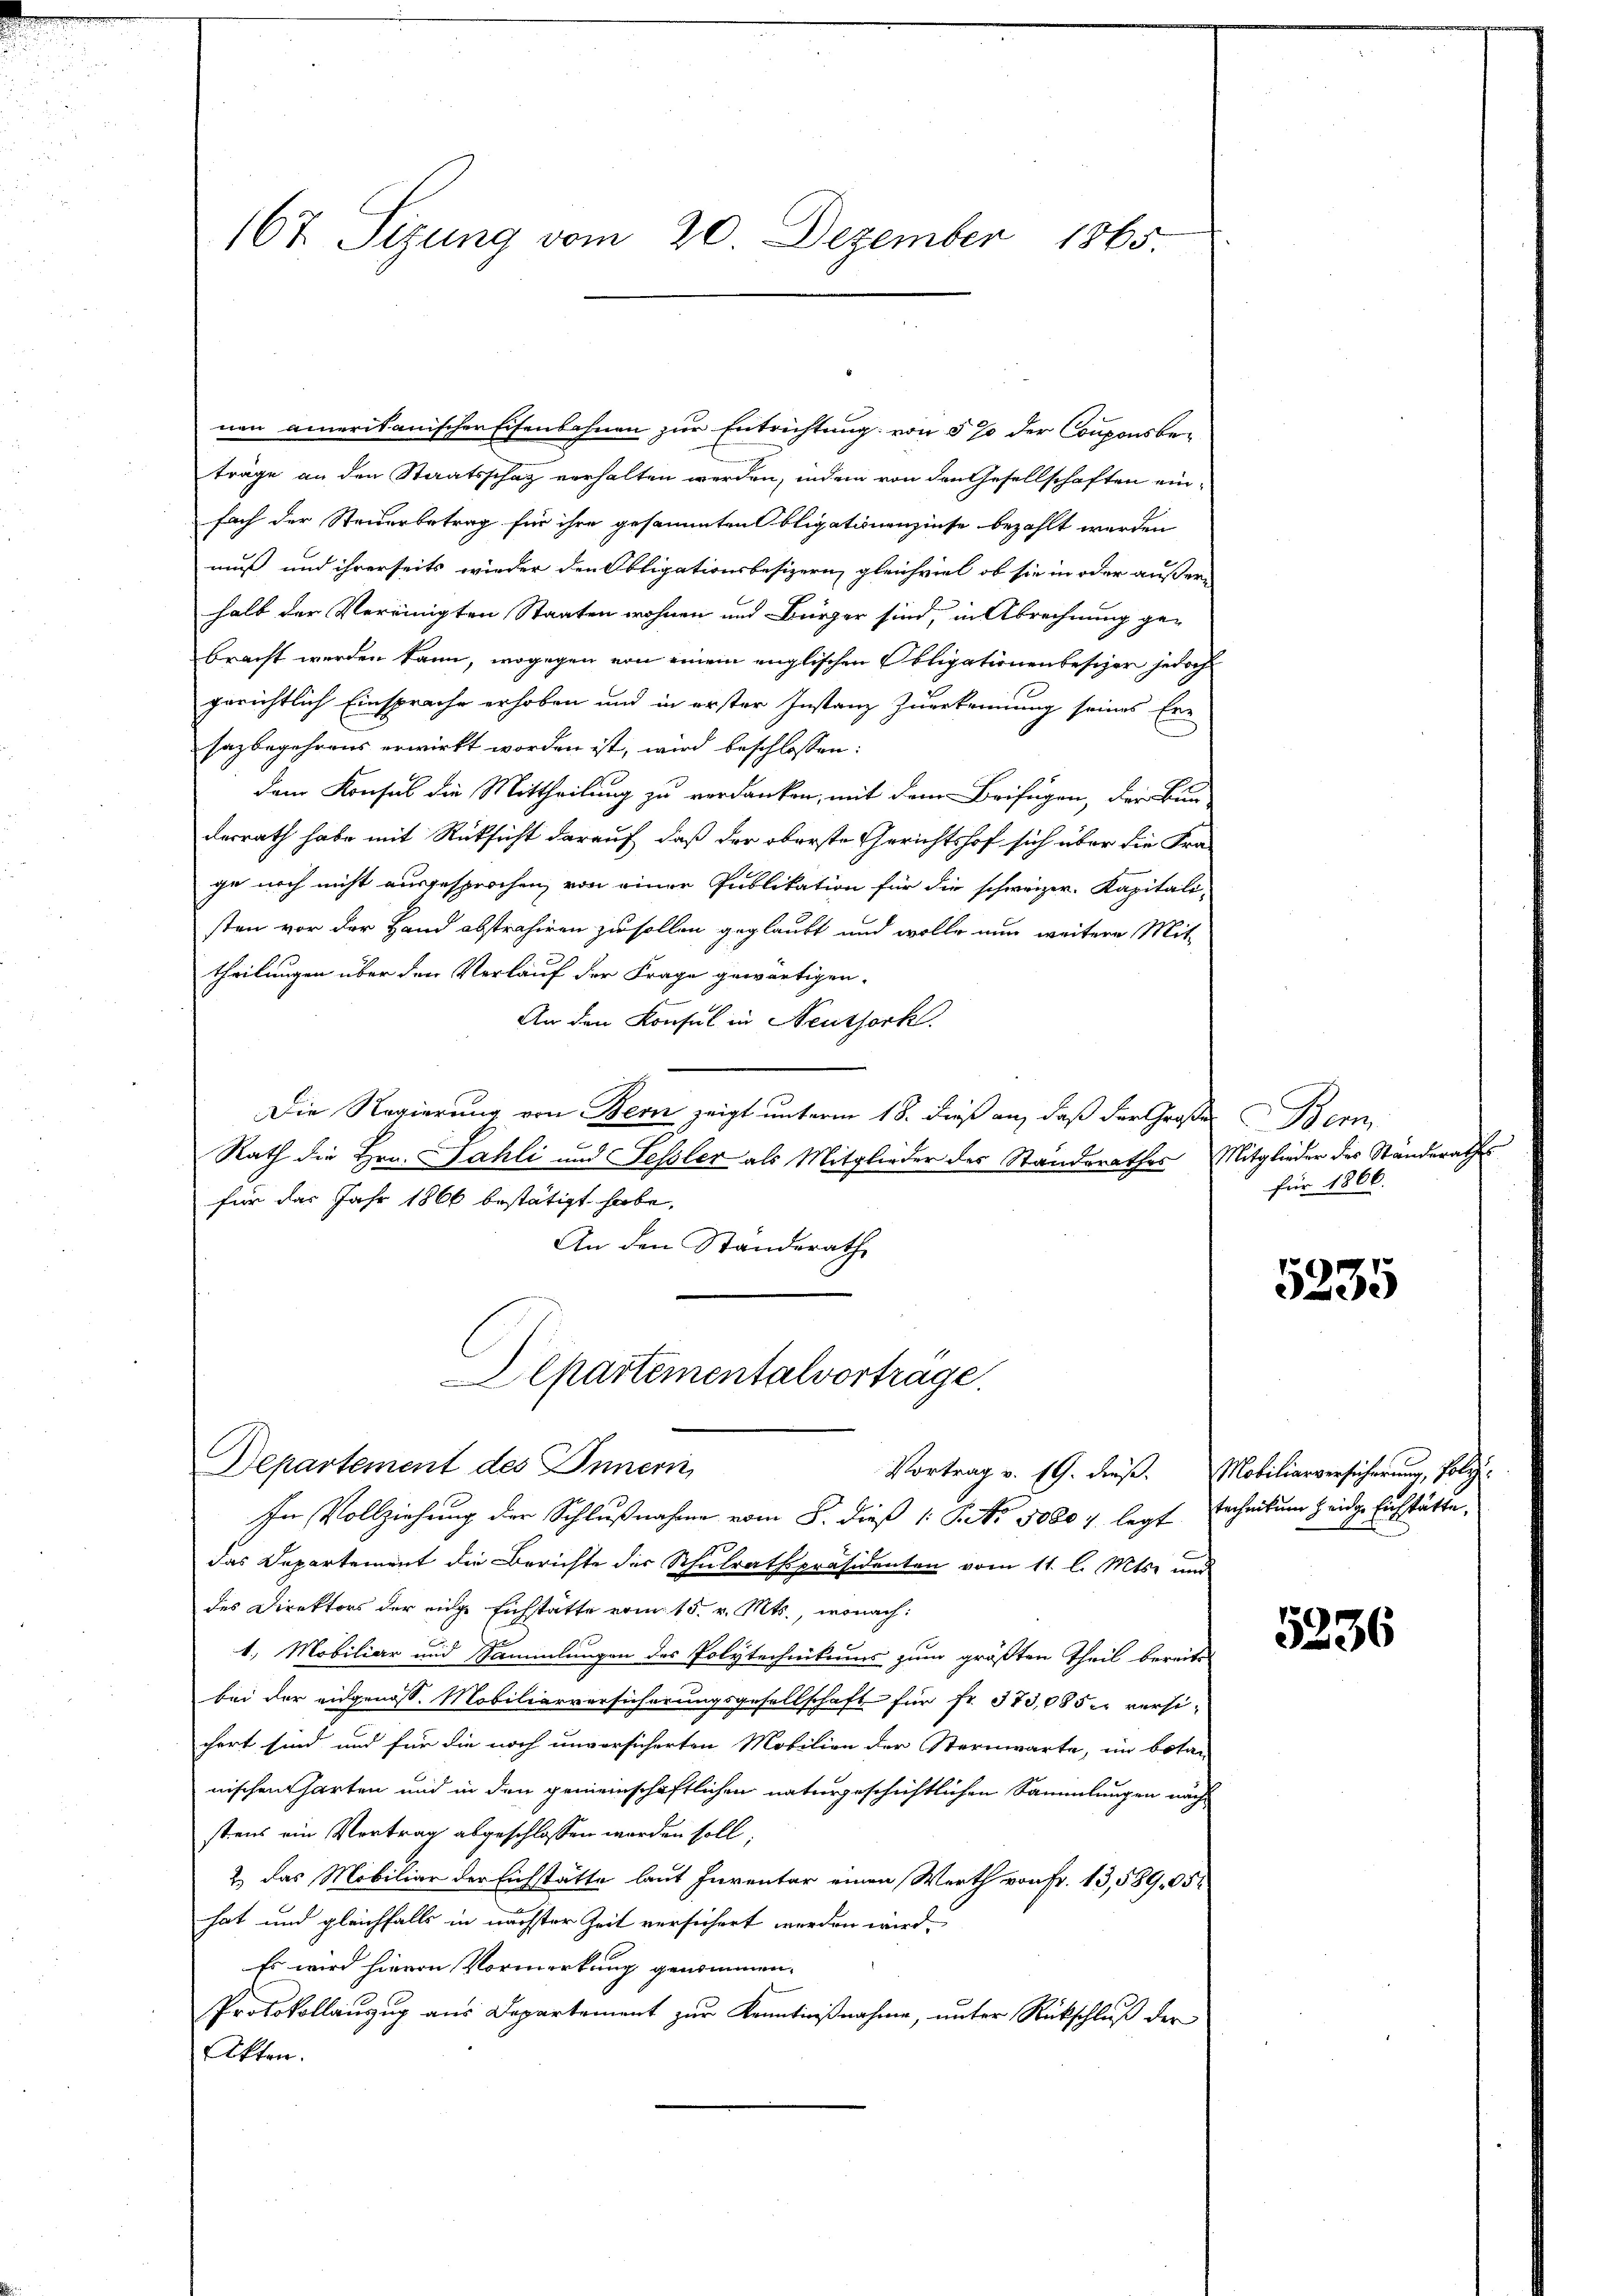
167. Sizung vom 20. Dezember 1865.

nen amerikanischer Eisenbahnen zur Entrichtung von 5 % der Couponsbeträge an den Staatsschaz verhalten werden, indem von den Gesellschaften einfach der Steuerbetrag für ihre gesammten Obligationenzinse bezahlt werden
muß und ihrerseits wieder den Obligationsbesizern, gleichviel ob sie in oder außerhalb der Vereinigten Staaten wohnen und Bürger sind, in Abrechnung ge-
bracht werden kann, wogegen von einem englischen Obligationenbesizer jedoch
gerichtlich Einsprache erhoben und in erster Instanz zuerkennung seines Er-
sazbegehrens erwirkt worden ist, wird beschlossen:
dem Konsul die Mittheilung zu verdanken, mit dem Beifügen, der Bun-
desrath habe mit Rücksicht darauf, daß der oberste Gerichtshof sich über die Fra-
ge noch nicht ausgesprochen, von einer Publikation für die schweizer. Kapitali-
sten vor der Hand abstrahiren zu sollen geglaubt und wolle nun weitere Mit-
theilungen über den Verlauf der Frage gewärtigen.
An den Konsul in Neuthork.
Die Regierung von Bern zeigt unterm 18. dieß an, daß der Große
u
Rath die Hrn. Sahli und Fessler als Mitglieder des Standerathes Mitglieder des Ständerathes
für das Jahr 1866 bestätigt habe,
An den Standerathe
Alpartementalvortrage.

Departement des Innern
In Vollziehung der Schlußnahme vom 8. dieß 1: P. No 50804. legt

das Departement die Berichte der Schulrathspräsidenten vom 11. l. Mts. und
des Direktors der eige Eichstätte vom 15. v. Mts., wonach:
1.) Mobiliar und Sammlungen des Polytechnikums zum größten Theil bereits
bei der eidgenoss. Mobiliarversicherungsgesellschaft für Fr. 373,085 versichert sind und für die noch unversicherten Mobilien der Sternwarte, im botan
nischen harten und in den gemeinschaftlichen naturgeschichtlichen Sammlungen nachstens ein Vertrag abgeschlossen worden soll.
2) das Mobiliar der Eichstätte laut Inventar einen Werth von Fr. 13,589, 95
hat und gleichfalls in nächster Zeit versichert werden wird.
Es wird hievon Vormerkung genommen.
Protokollauszug aus Departement zur Kenntnißnahme, unter Rückschluß der
Akten.

Bern
für 1866.

5235

Vortrag v. 19. dieß. Mobiliarversicherung, Poly
technikum zeige Eichstätte,

5236